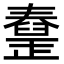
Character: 𦦜